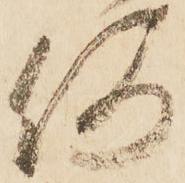
何